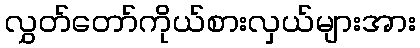
လွှတ်တော်ကိုယ်စားလှယ်များအား